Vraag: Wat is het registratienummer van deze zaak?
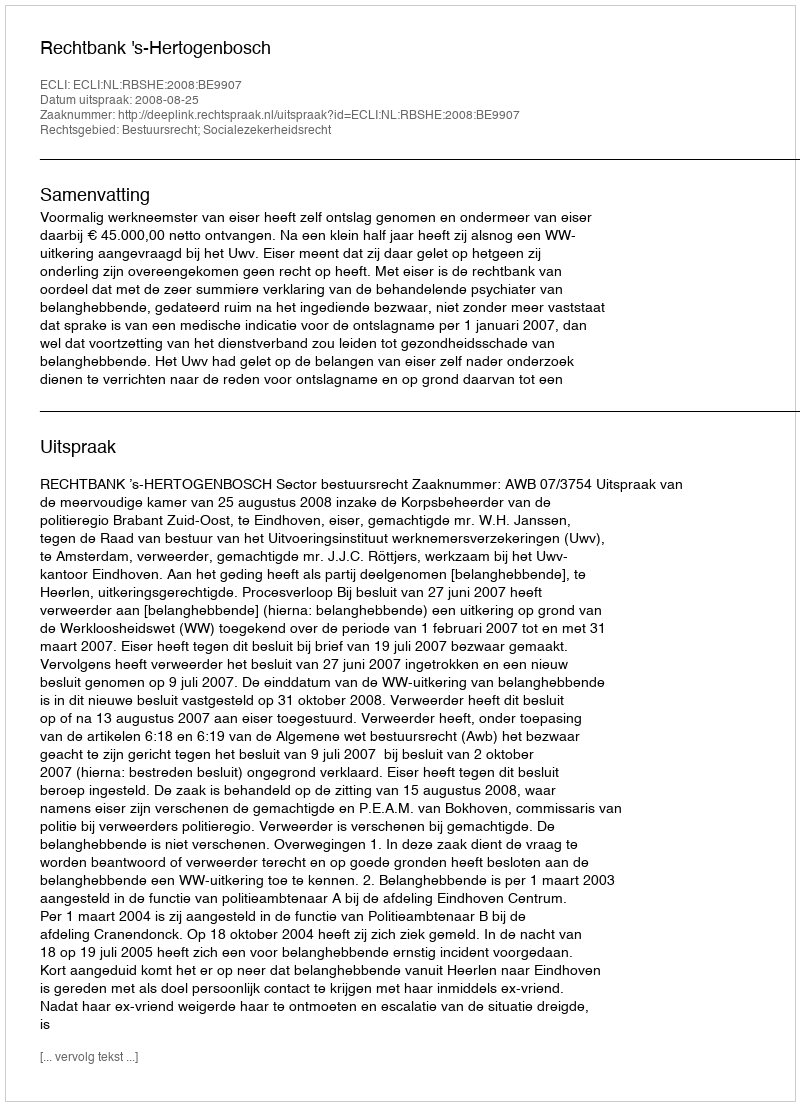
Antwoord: http://deeplink.rechtspraak.nl/uitspraak?id=ECLI:NL:RBSHE:2008:BE9907